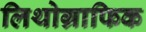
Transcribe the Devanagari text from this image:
लिथोग्राफिक